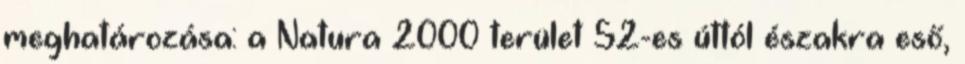
meghatározása: a Natura 2000 terület 52-es úttól északra eső,